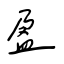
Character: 盈